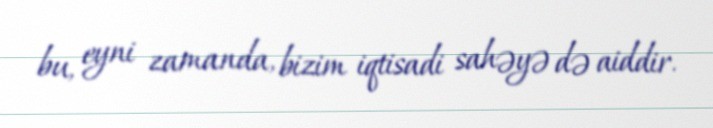
bu, eyni zamanda, bizim iqtisadi sahəyə də aiddir.